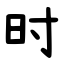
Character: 时